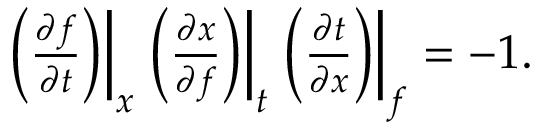
\begin{array} { r } { \left. \left( \frac { \partial f } { \partial t } \right) \right\rvert _ { x } \left. \left( \frac { \partial x } { \partial f } \right) \right\rvert _ { t } \left. \left( \frac { \partial t } { \partial x } \right) \right\rvert _ { f } = - 1 . } \end{array}